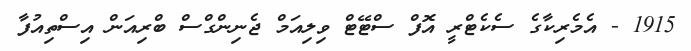
1915 - އެމެރިކާގެ ސެކެޓްރީ އޮފް ސްޓޭޓް ވިލިއަމް ޖެނިންގްސް ބްރިއަން އިސްތިއުފާ